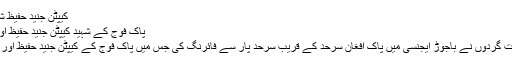
کیپٹن جنید حفیظ شہید (13 نومبر 2017)
پاک فوج کے شہید کیپٹن جنید حفیظ اور سپاہی رہام: فوٹو/ فائل
13 نومبر کے روز دہشت گردوں نے باجوڑ ایجنسی میں پاک افغان سرحد کے قریب سرحد پار سے فائرنگ کی جس میں پاک فوج کے کیپٹن جنید حفیظ اور سپاہی رہام شہید ہوگئے۔